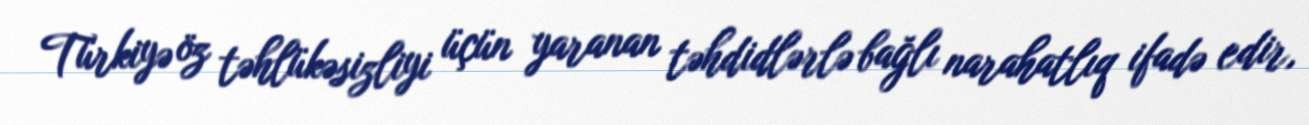
Türkiyə öz təhlükəsizliyi üçün yaranan təhdidlərlə bağlı narahatlıq ifadə edir,